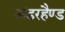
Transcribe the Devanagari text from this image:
अंडरहैण्ड